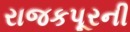
રાજકપૂરની